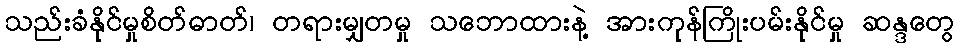
သည်းခံနိုင်မှုစိတ်ဓာတ်၊ တရားမျှတမှု သဘောထားနဲ့ အားကုန်ကြိုးပမ်းနိုင်မှု ဆန္ဒတွေ